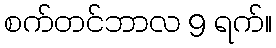
စက်တင်ဘာလ 9 ရက်။